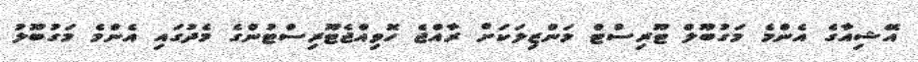
އޭޝިއާގެ އެންމެ މަގުބޫލް ޓޫރިސްޓް މަންޒިލަކަށް ރާއްޖެ ހޮވިއްޖެޓޫރިސްޓުންގެ މެދުގައި އެންމެ މަގުބޫލު